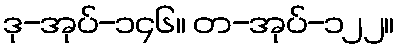
ဒု-အုပ်-၁၄၆။ တ-အုပ်-၁၂၂။